Annual report of the Imperial Bacteriological Laboratory, Muktesar
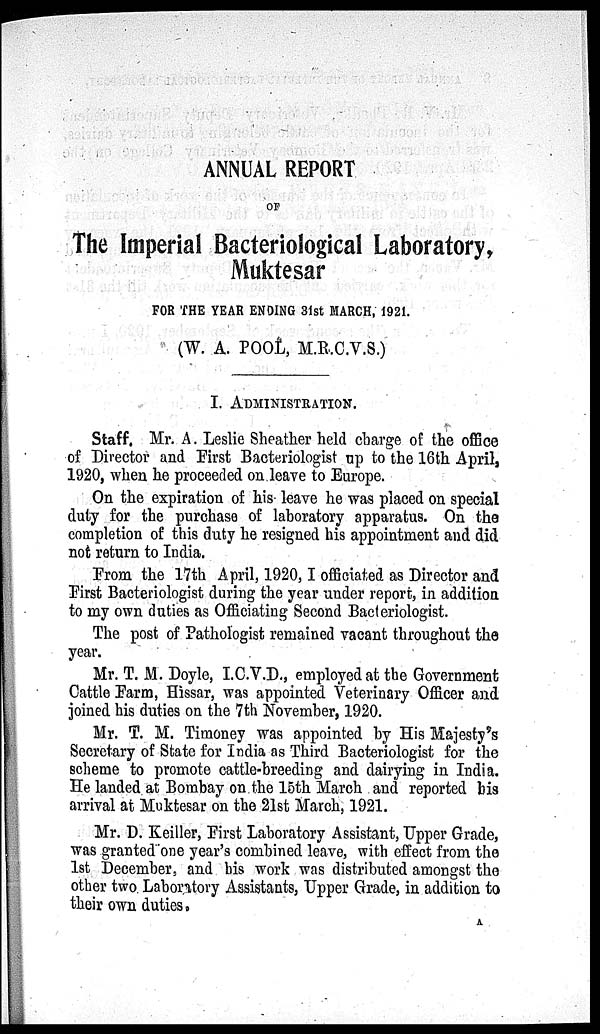
ANNUAL REPORT
OF
The Imperial Bacteriological Laboratory,
Muktesar
FOR THE YEAR ENDING 31st MARCH, 1921.
(W. A. POOL, M.R.C.V.S.)
I. ADMINISTRATION.
Staff. Mr. A. Leslie Sheather held charge of the office
of Director and First Bacteriologist up to the 16th April,
1920, when he proceeded on leave to Europe.
On the expiration of his leave he was placed on special
duty for the purchase of laboratory apparatus. On the
completion of this duty he resigned his appointment and did
not return to India.
From the 17th April, 1920,I officiated as Director and
First Bacteriologist during the year under report, in addition
to my own duties as Officiating Second Bacteriologist.
The post of Pathologist remained vacant throughout the
year.
Mr. T. M. Doyle, I.C.V.D., employed at the Government
Cattle Farm, Hissar, was appointed Veterinary Officer and
joined his duties on the 7th November, 1920.
Mr. T. M. Timoney was appointed by His Majesty's
Secretary of State for India as Third Bacteriologist for the
scheme to promote cattle-breeding and dairying in India.
He landed at Bombay on the 15th March and reported his
arrival at Muktesar on the 21st March, 1921.
Mr. D. Keiller, First Laboratory Assistant, Upper Grade,
was granted one year's combined leave, with effect from the
1st December, and his work was distributed amongst the
other two Laboratory Assistants, Upper Grade, in addition to
their own duties.
A